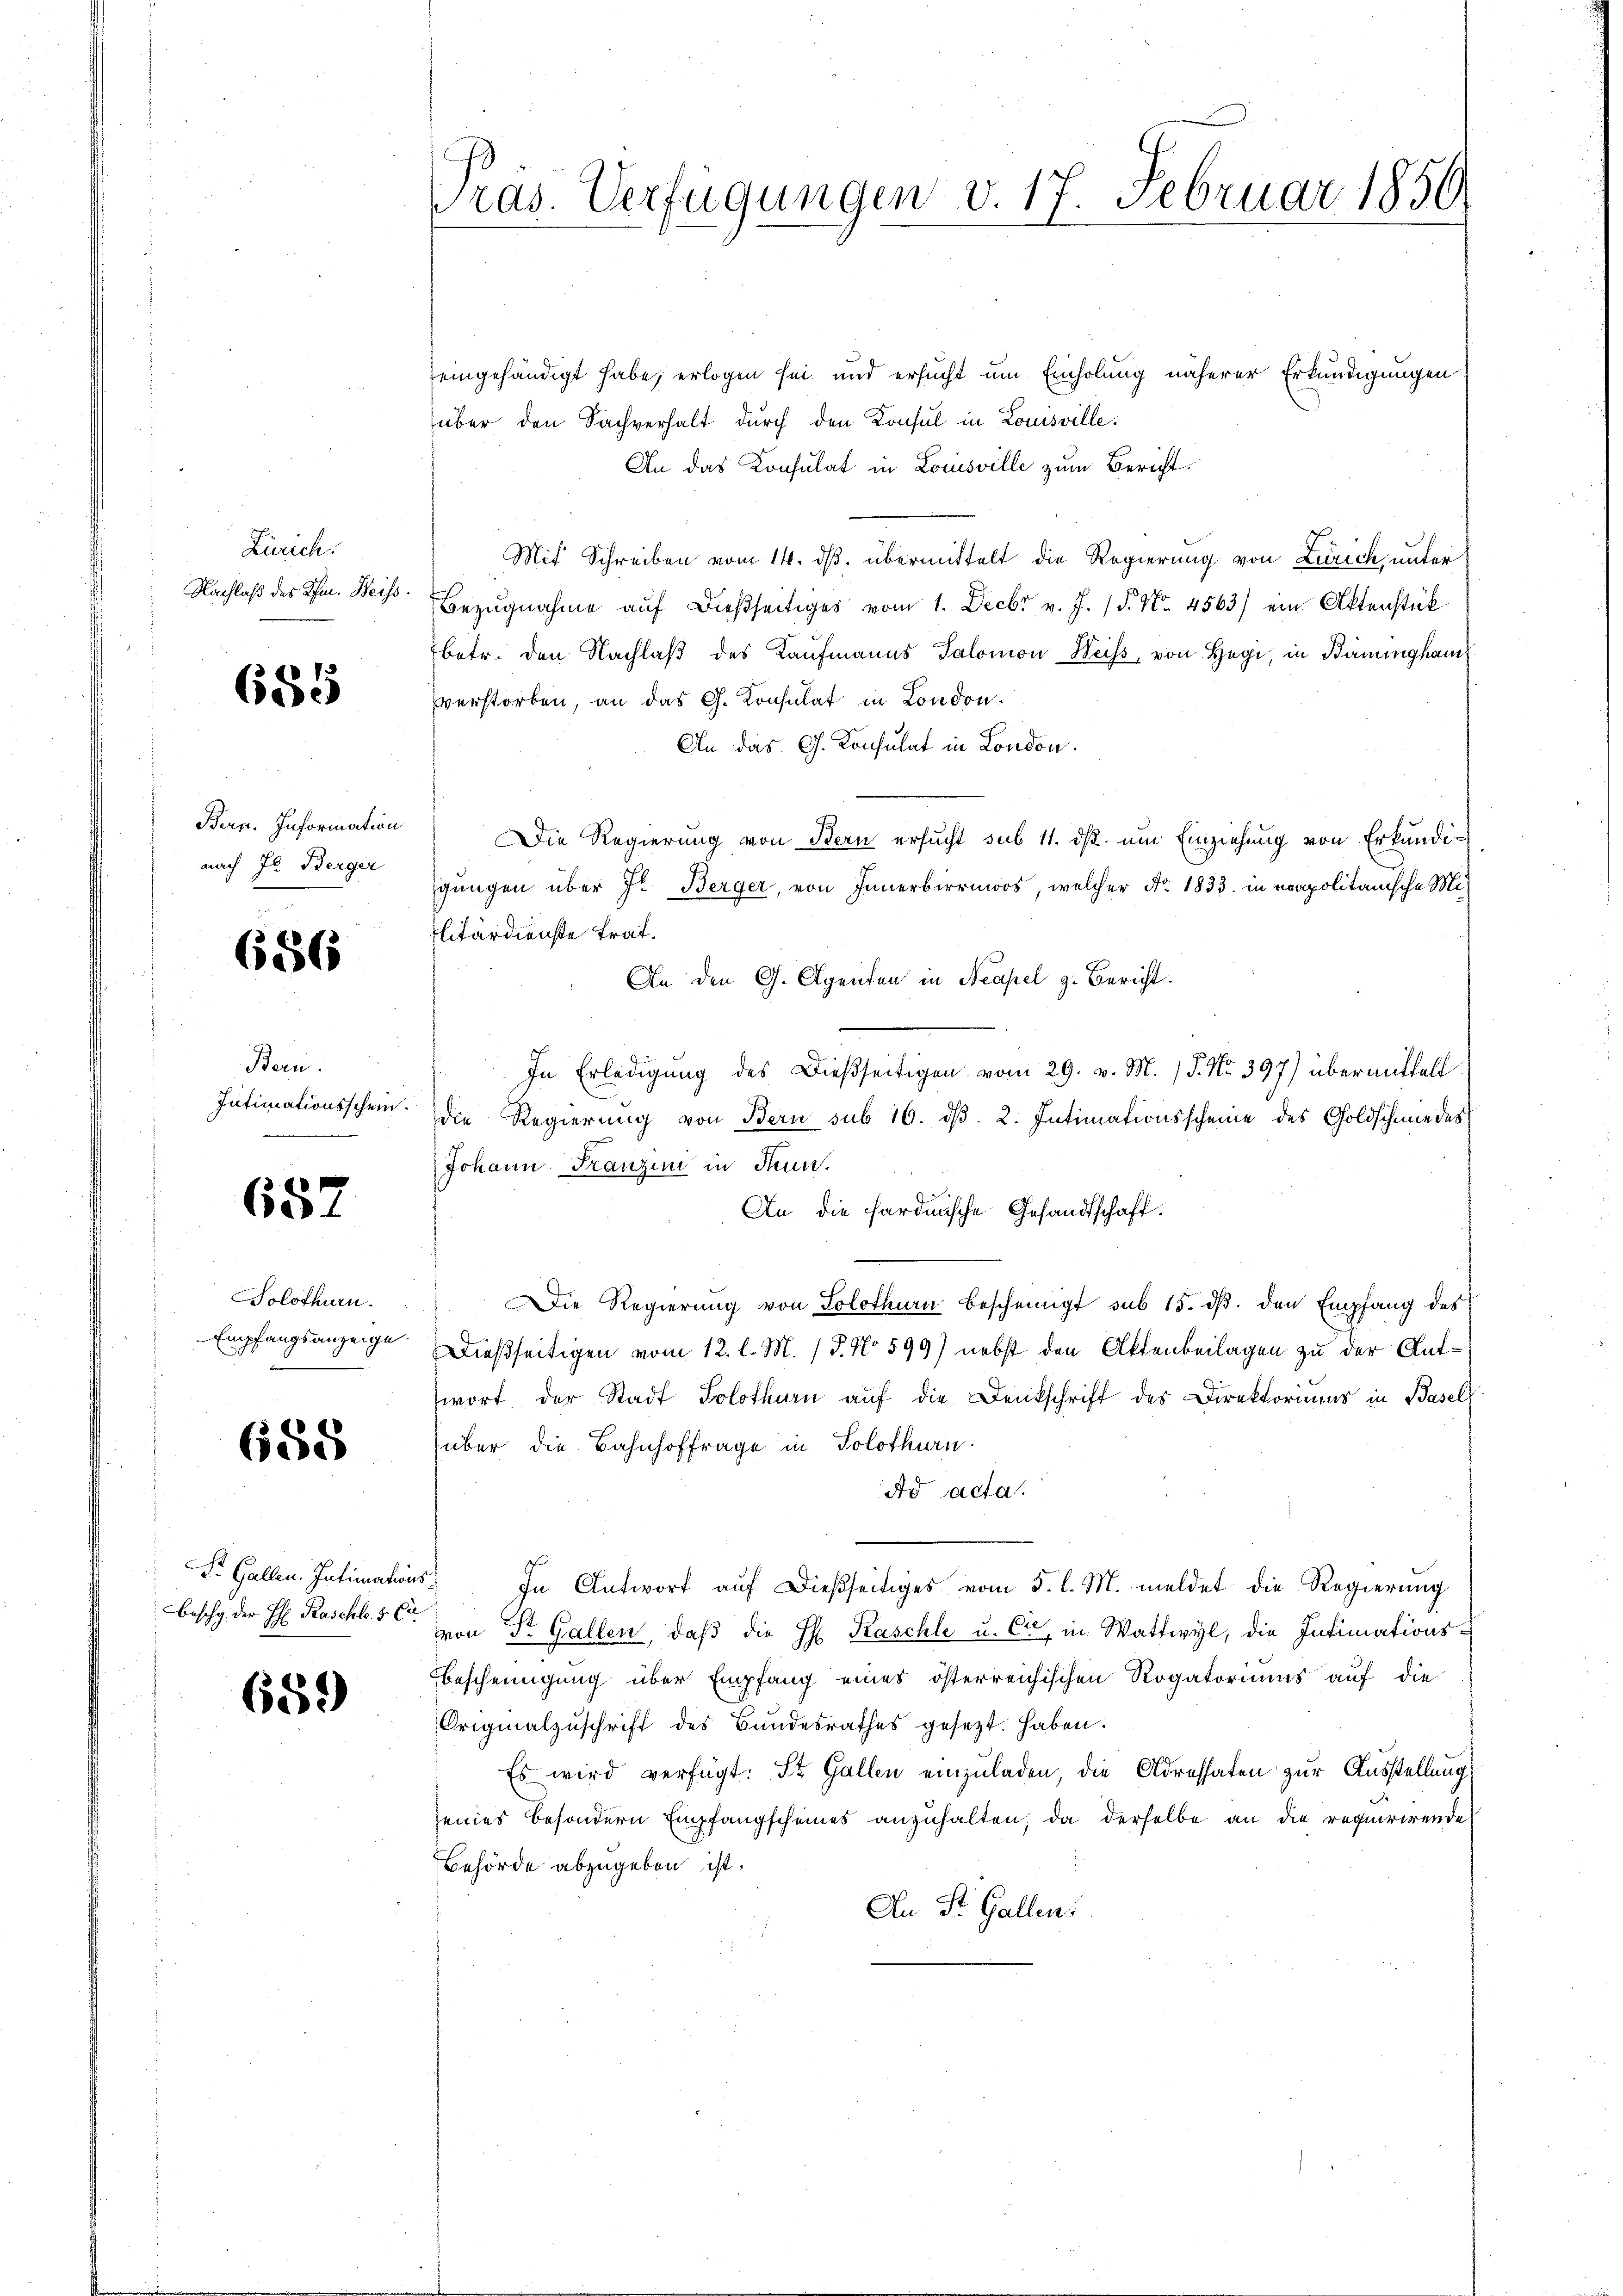
Zürich.
Nachlaß des Ihm. Beiss¬

685

Bern. Information
nach In Berger

686

Bern.
Intimationsschein.

652

Solothurn.
Empfangsanzeige.

658

Beschy, der H Paschles Ca

659

ras. Verfügungen v. 17. Februar 1850.

eingehändigt habe, erlogen sei und ersucht um Einholung näherer Erkundigungen
über den Sachverhalt durch den Konsul in Louisville.
An das Konsulat in Louisville zum Bericht.
Mit Schreiben vom 14. ds. übermittelt die Regierung von Zürich, unter
Bezŭgnahme aŭf dießseitiges vom 1. Decbr v. J. P. Nr. 4563) ein Aktenstük
betr. den Nachlaβ des Kaufmanns Salomon Weiss, von Hegi, in Bauingham
verstorben, an das G. Konsulat in London.
An das G. Konsulat in London.
Die Regierung von Bern ersucht sub 11. ds. um Einziehung von Erkundigungen über Jr. Berger, von Innerbirrmoos, welcher Nr. 1833. in eapolitanische Militärdienste trat.
An den G. Agenten in Neapel z. Bericht.
In Erledigung des Dießseitigen vom 29. v. M. / 5. No. 397) übermittelt
die Regierung von Bern sub 16. dβ. 2. Intimationsscheine des Goldschmiedes
Johann Franzini in Sinn.
An die sardinische Gesandtschaft.
Die Regierung von Solothurn bescheinigt sub 15. dβ. den Empfang des
Dießseitigen vom 12. l. M. P. No 599) nebst den Aktenbeilagen zu der Antwort der Stadt Solothurn auf die Denkschrift des Direktoriums in Basell
über die Bahnhoffrage in Solothurn.
ad acta.
F. Gallen. Intimations. In Antwort auf dießseitiges vom 5. l. M. meldet die Regierung
(von Dr. Gallen, daß die H. Raschle u. Cr, in Wattwyl, die Intimations¬
Ebescheinigung über Empfang eines österreichischen Rogatoriums auf die
Originalzŭschrift des Bŭndesrathes gesetzt haben.
Es wird verfügt: St. Gallen einzuladen, die Adressaten zur Ausstellung
eines besondern Empfangscheines anzuhalten, da derselbe an die requirirende
Behörde abzugeben ist.
An St. Gallen.